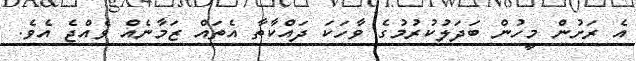
އެ ރަށުން މީހުން ބަދަލުކުރުމުގެ ވާހަކަ ދައްކާތާ އެތައް ޒަމާނެއް ވެއްޖެ އެވެ.